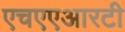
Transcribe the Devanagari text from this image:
एचएएआरटी